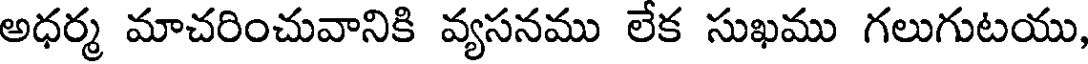
అధర్మ మాచరించువానికి వ్యసనము లేక సుఖము గలుగుటయు,